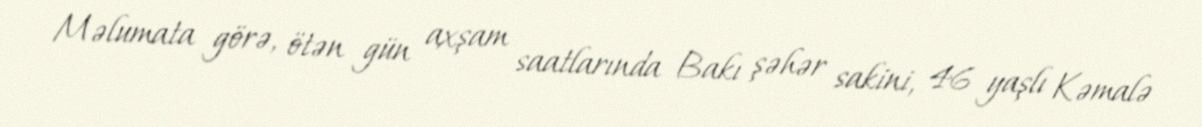
Məlumata görə, ötən gün axşam saatlarında Bakı şəhər sakini, 46 yaşlı Kəmalə